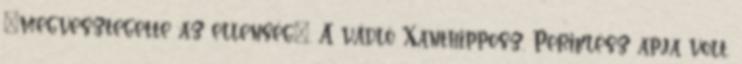
„megvesztegette az ellenség”. A vádló Xanthipposz, Periklész apja volt.